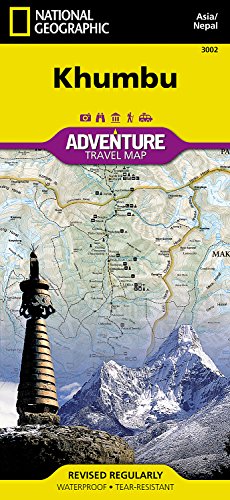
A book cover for Khumbu [Nepal] (National Geographic Adventure Map); National Geographic Maps - Adventure; Travel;